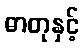
ဓာတုနှင့်